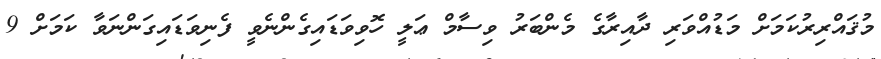
މުޤައްރިރުކަމަށް މަޑުއްވަރި ދާއިރާގެ މެންބަރު ވިސާމް ޢަލީ ހޮވިވަޑައިގެންނެވީ ފެނިވަޑައިގަންނަވާ ކަމަށް 9